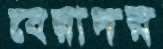
বেরাদর